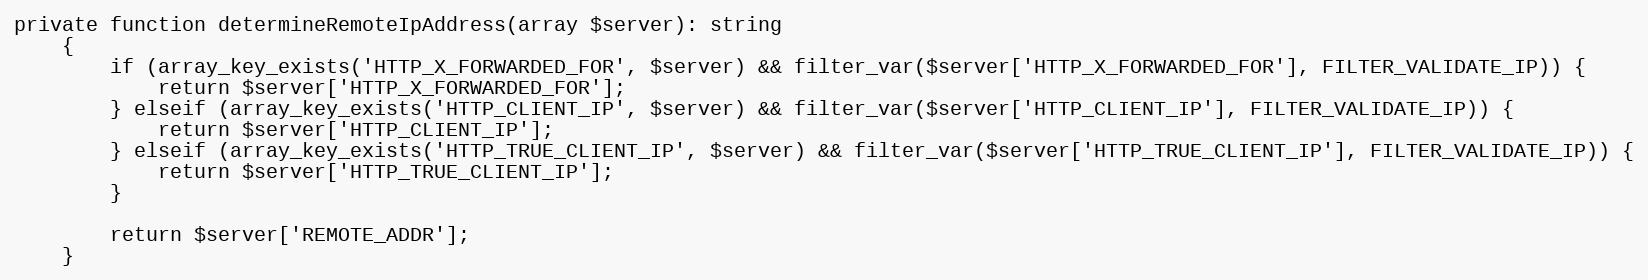
Language: PHP
private function determineRemoteIpAddress(array $server): string
    {
        if (array_key_exists('HTTP_X_FORWARDED_FOR', $server) && filter_var($server['HTTP_X_FORWARDED_FOR'], FILTER_VALIDATE_IP)) {
            return $server['HTTP_X_FORWARDED_FOR'];
        } elseif (array_key_exists('HTTP_CLIENT_IP', $server) && filter_var($server['HTTP_CLIENT_IP'], FILTER_VALIDATE_IP)) {
            return $server['HTTP_CLIENT_IP'];
        } elseif (array_key_exists('HTTP_TRUE_CLIENT_IP', $server) && filter_var($server['HTTP_TRUE_CLIENT_IP'], FILTER_VALIDATE_IP)) {
            return $server['HTTP_TRUE_CLIENT_IP'];
        }

        return $server['REMOTE_ADDR'];
    }